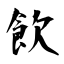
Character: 飲